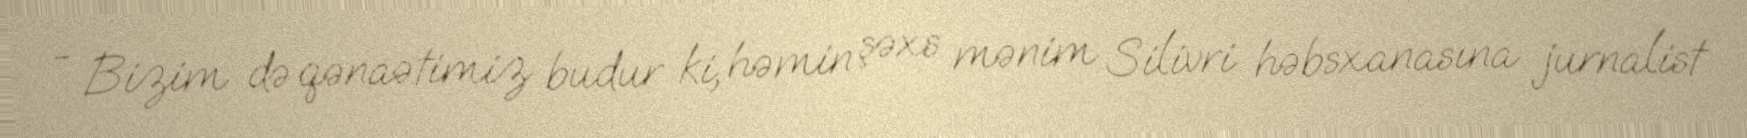
- Bizim də qənaətimiz budur ki, həmin şəxs mənim Silivri həbsxanasına jurnalist